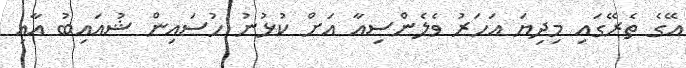
އޭގެ ތެރޭގައި މިދިޔަ އަހަރު ވެލެންސިއާ އަށް ކުޅުނު ހުސައިން ޝުއައިބު އާއި